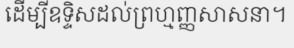
ដើម្បីឧទ្ទិសដល់ព្រហ្មញ្ញសាសនា។